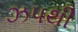
ઝપથી